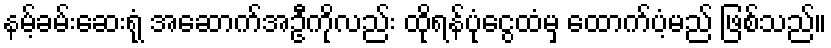
နမ့်ခမ်းဆေးရုံ အဆောက်အဦကိုလည်း ထိုရန်ပုံငွေထံမှ ထောက်ပံ့မည် ဖြစ်သည်။